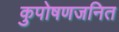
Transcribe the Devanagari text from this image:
कुपोषणजनित